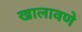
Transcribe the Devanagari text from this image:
खालावणे